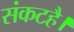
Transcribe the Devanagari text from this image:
संकटहै।